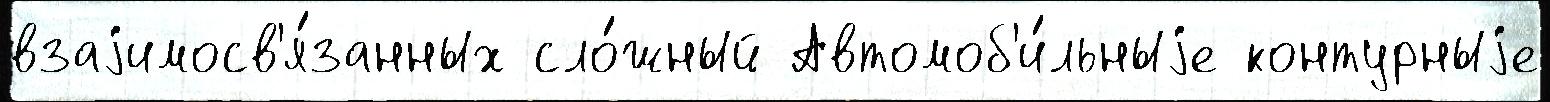
взаjимосв'я́занных сло́жный Автомоб'и́льныjе контурныjе